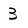
Character: 3